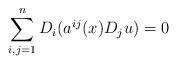
LaTeX: \begin{align*}\sum_{i,j=1}^n D_i(a^{ij}(x) D_j u)=0\end{align*}